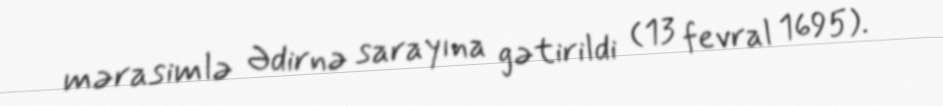
mərasimlə Ədirnə sarayına gətirildi (13 fevral 1695).